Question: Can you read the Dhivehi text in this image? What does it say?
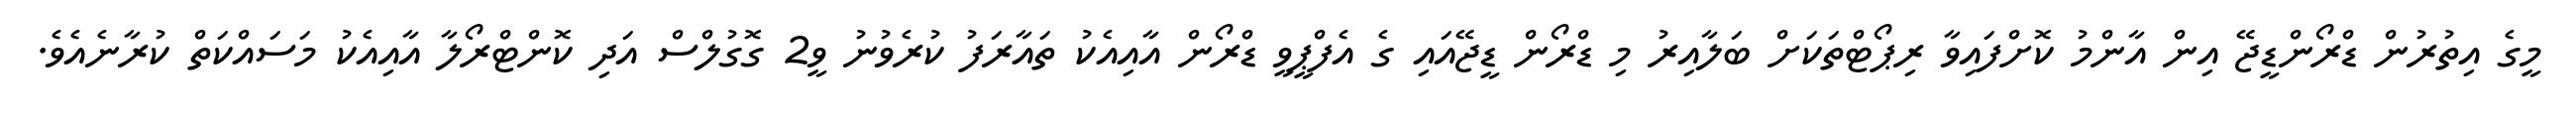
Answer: މީގެ އިތުރުން ޑްރޯންޑީޖޭ އިން އާންމު ކޮށްފައިވާ ރިޕޯޓްތަކަށް ބަލާއިރު މި ޑްރޯން ޑީޖޭއައި ގެ އެފްޕީވީ ޑްރޯން އާއިއެކު ތައާރަފު ކުރެވުނު ވީ2 ގޮގުލްސް އަދި ކޮންޓްރޯލާ އާއިއެކު މަސައްކަތް ކުރާނެއެވެ.